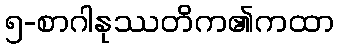
၅-စာဂါနုဿတိက၏ကထာ